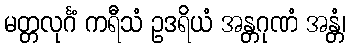
မတ္တလုင်္ဂံ ကရီသံ ဥဒရိယံ အန္တဂုဏံ အန္တံ၊